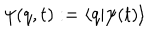
\psi ( q , t ) : = \left< q | \psi ( t ) \right>